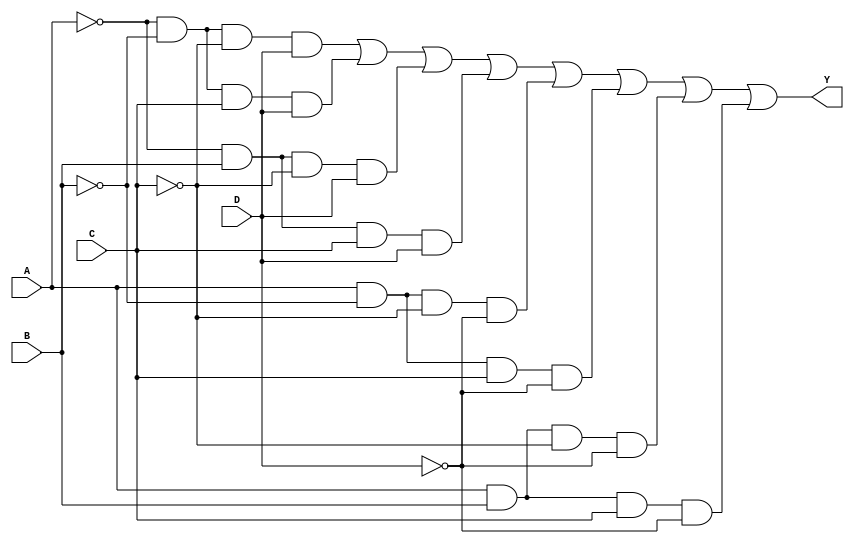
module ejercicio_30(
    
    input A, B, C, D,
    output Y
);
    assign Y = ((!A) & (!B) & (!C) & D) | ((!A) & (!B) & C & D) | ((!A) & B & (!C) & D) | ((!A)& B & C & D) | (A & (!B) & (!C) & (!D)) | (A & (!B) & C & (!D)) | (A & B & (!C) & (!D)) | (A & B & C & (!D));
endmodule